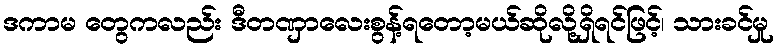
ဒကာမ တွေကလည်း ဒီတဏှာလေးစွန့်ရတော့မယ်ဆိုလို့ရှိရင်ဖြင့်၊ သားခင်မှု